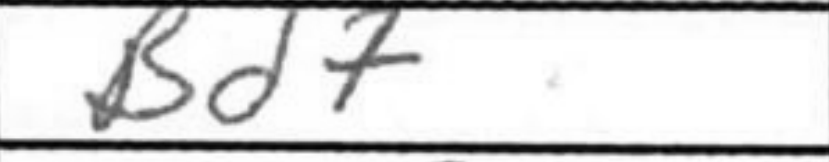
Transcription: Bd7+